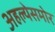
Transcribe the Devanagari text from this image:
अहल्येसमोर